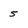
Character: 5